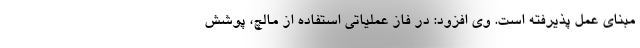
مبنای عمل پذیرفته است. وی افزود: در فاز عملیاتی استفاده از مالچ، پوشش